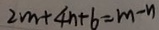
2 m + 4 n + 6 = m - n